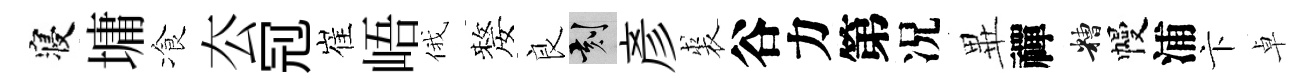
寝墉飡厺𠜍崔峿俄嫠良刻彥裘谷力第况𭺾禪糟幔浦卞卓